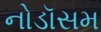
નોડૉસમ